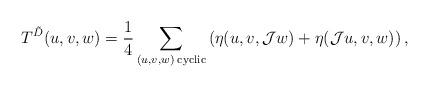
LaTeX: \begin{align*}T^{\tilde{D}}(u, v, w) = \frac{1}{4}\sum_{(u,v,w)\; \mathrm{cyclic}} \left( \eta (u, v, \mathcal J w)+\eta (\mathcal J u, v,w ) \right) ,\end{align*}